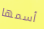
أسمها